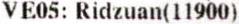
VE05: RIDZUAN(11900)